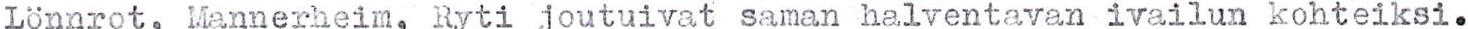
Lönnrot, Mannerheim, Ryti joutuivat saman halventavan ivailun kohteiksi.